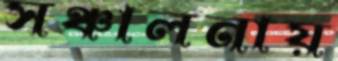
সঞ্চালনায়